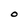
Character: O